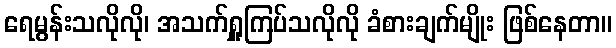
ရေမွန်းသလိုလို၊ အသက်ရှူကြပ်သလိုလို ခံစားချက်မျိုး ဖြစ်နေတာ။